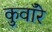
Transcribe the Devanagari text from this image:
कुवाँरे